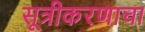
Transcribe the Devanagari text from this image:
सूत्रीकरणाचा